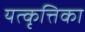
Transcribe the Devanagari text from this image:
यत्कृत्तिका